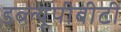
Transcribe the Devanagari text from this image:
डब्ल्यूपीबीटी